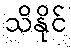
သိနိုင်